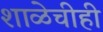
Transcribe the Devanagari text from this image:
शाळेचीही